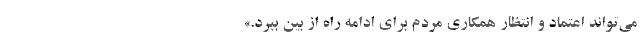
می‌تواند اعتماد و انتظار همکاری مردم برای ادامه راه از بین ببرد.»